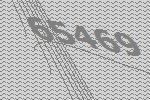
65469